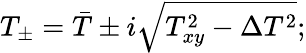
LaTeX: T_{\pm}=\bar{T}\pm i\sqrt{T_{xy}^{2}-\Delta T^{2}};